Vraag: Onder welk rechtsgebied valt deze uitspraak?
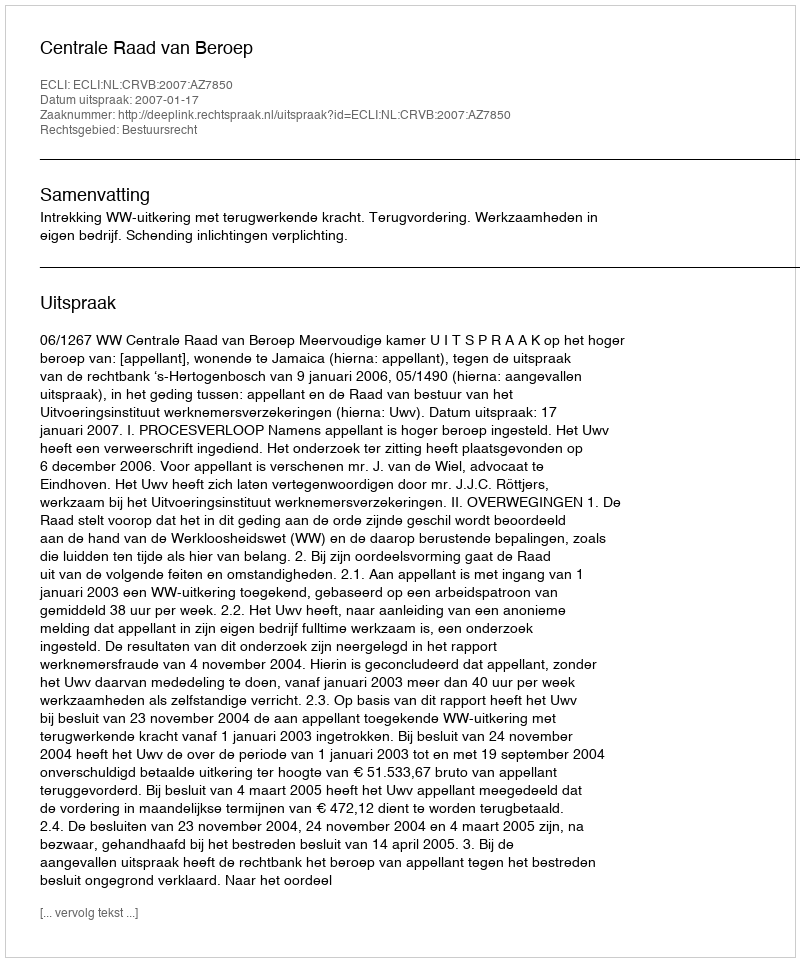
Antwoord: Bestuursrecht